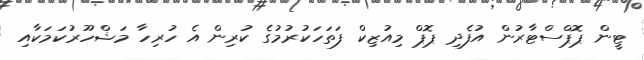
ޓީން ޕޮޕްސްޓާރުން އުފެދި ޕޮޕް މިއުޒިކް ފަތަހަކުރުމުގެ ކުރިން އެ ހުރިހާ މަޝްހޫރުކަމަކާއި